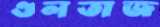
গুলতাজ